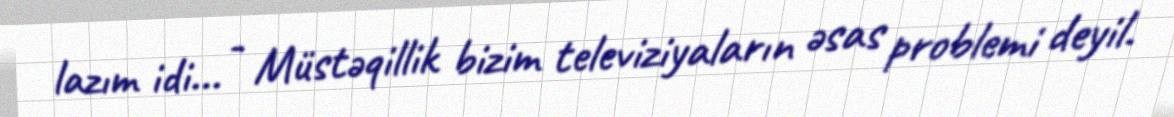
lazım idi... - Müstəqillik bizim televiziyaların əsas problemi deyil.